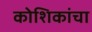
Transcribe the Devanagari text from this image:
कोशिकांचा